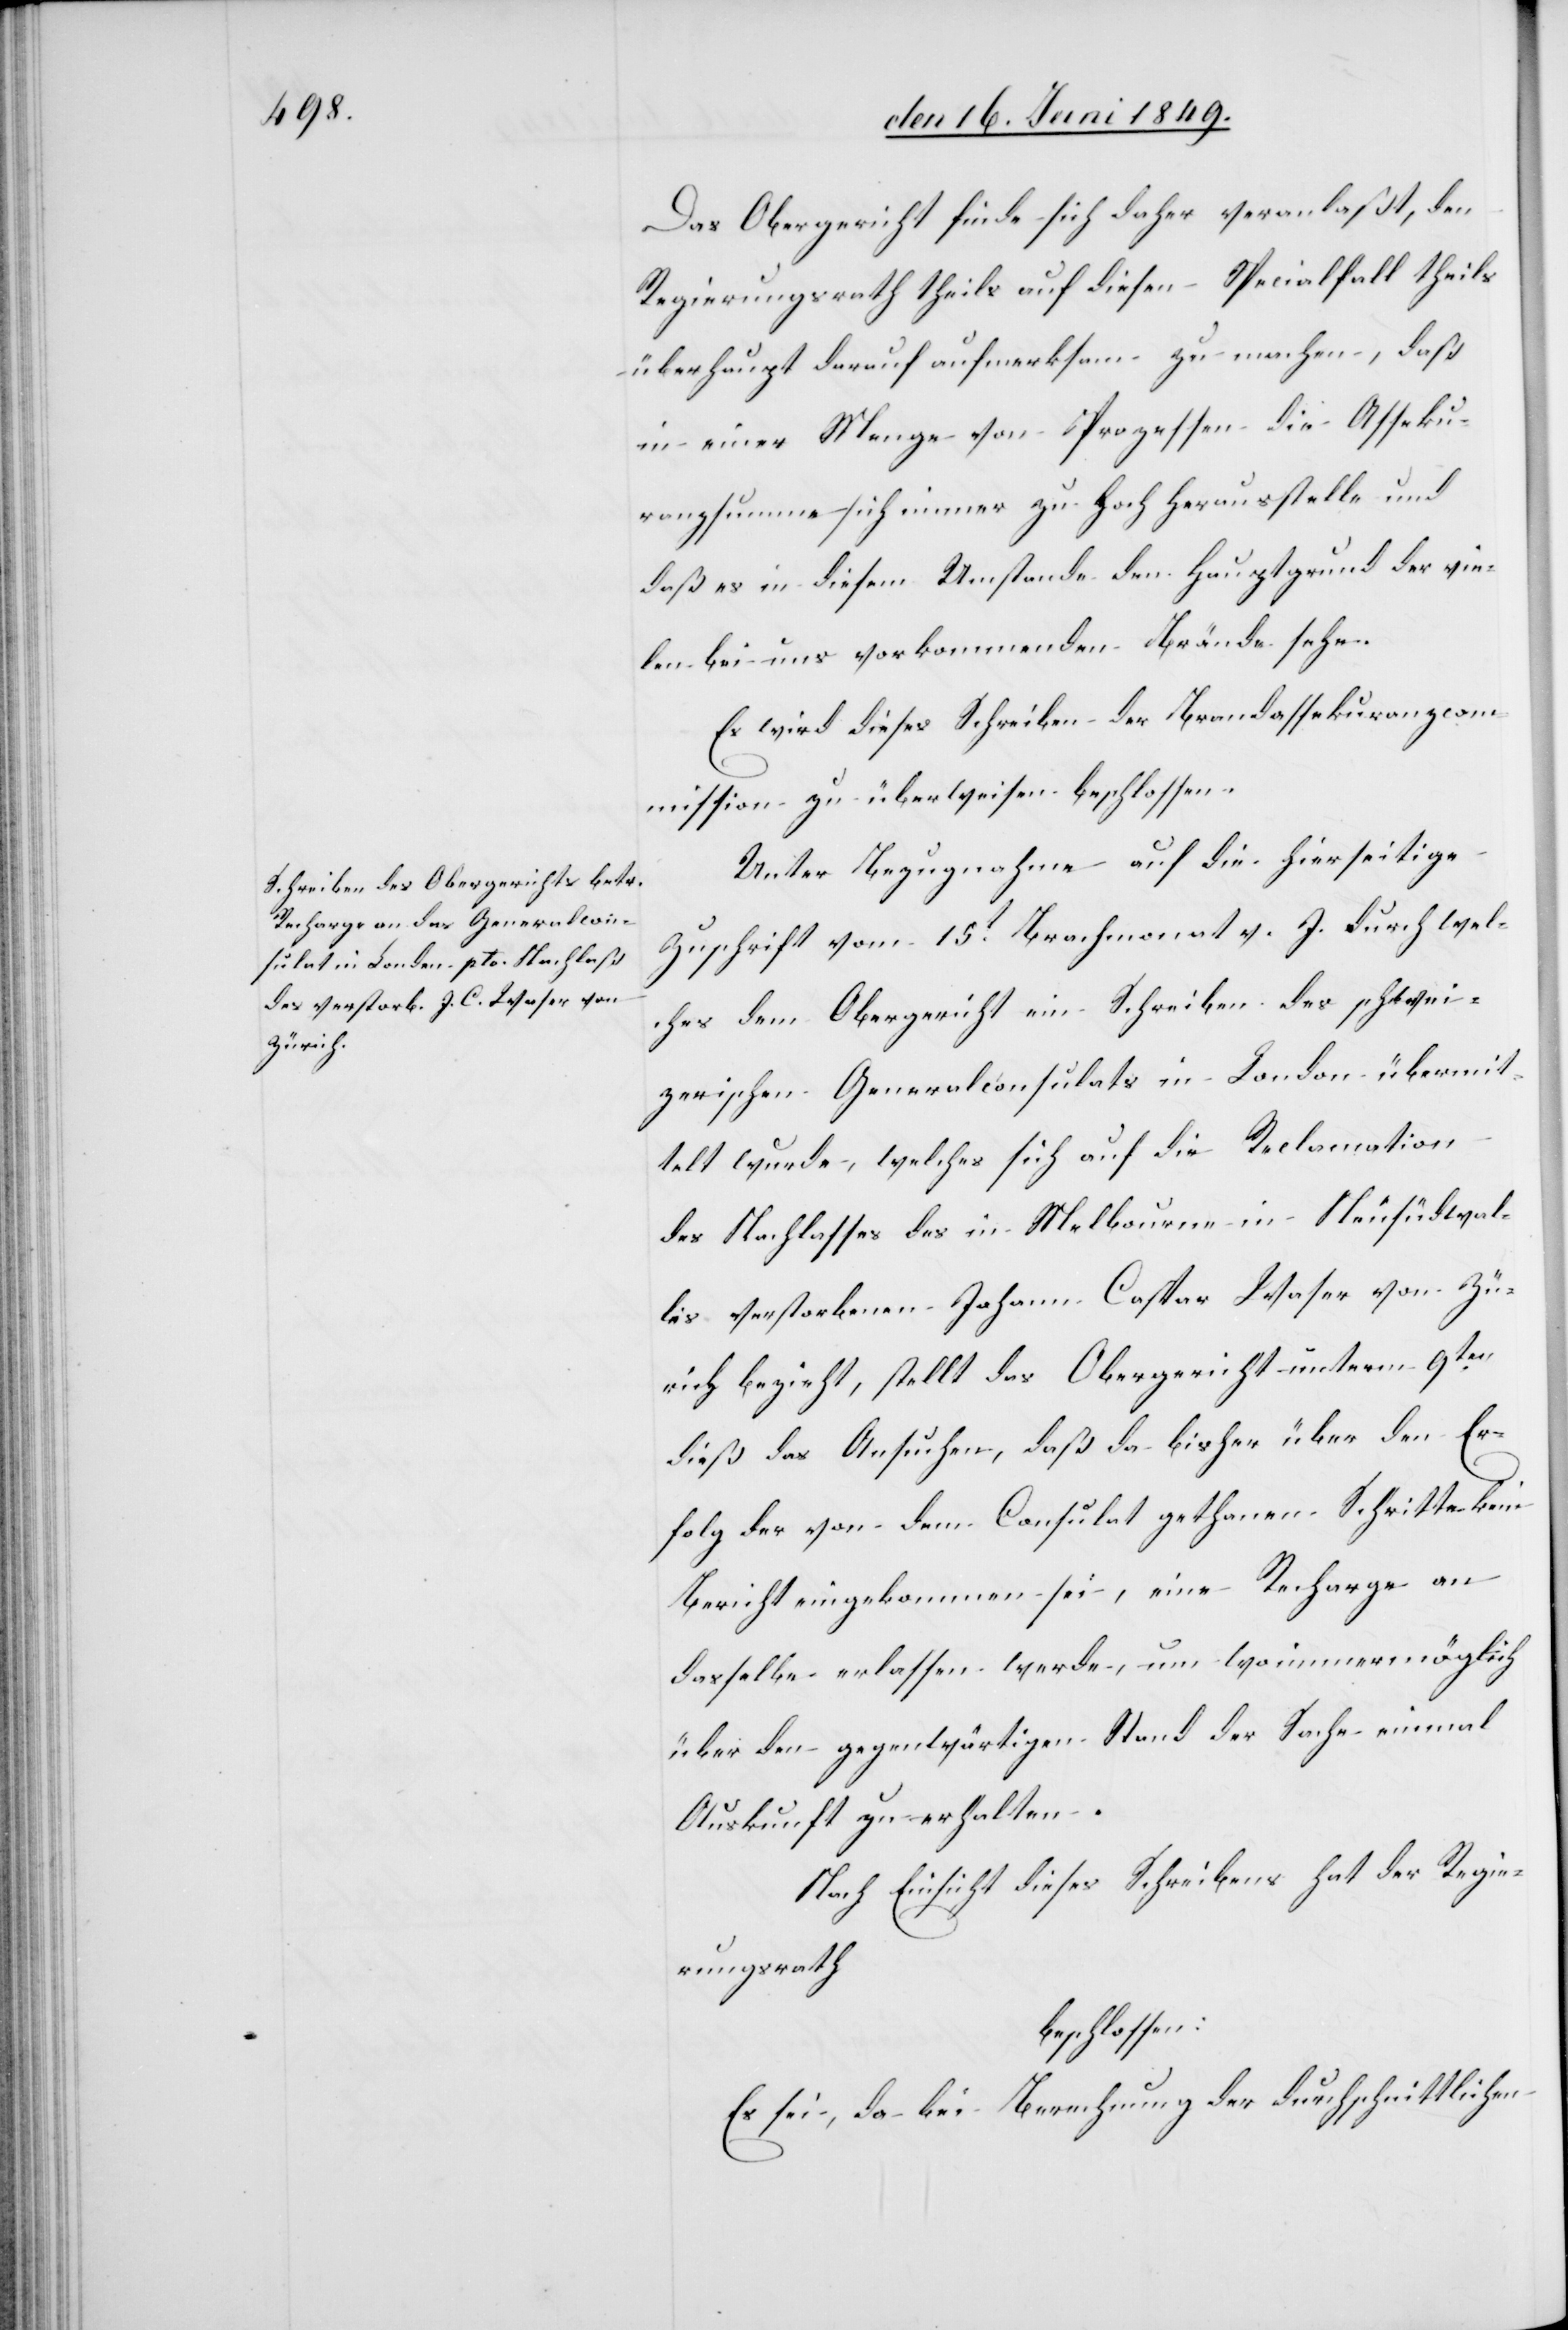
Das Obergericht finde sich daher veranlaßt, den
Regierungsrath theils auf diesen Specialfall theils
überhaupt darauf aufmerksam zu machen, daß
in einer Menge von Prozessen die Asseku¬
ranzsumme sich immer zu hoch herausstelle und
daß es in diesem Umstande den Hauptgrund der vie¬
len bei uns vorkommenden Brände sehe.
Es wird dieses Schreiben der Brandassekuranzcom¬
mission zu überweisen beschlossen.
Unter Bezugnahme auf die hierseitige
Zuschrift vom 15t Brachmonat v. J. durch wel¬
ches dem Obergericht ein Schreiben des schwei¬
zerischen Generalconsulats in London übermit¬
telt wurde, welches sich auf die Reclamation
des Nachlasses des in Melbourne in Neusüdwal¬
les verstorbenen Johann Caspar Waser von Zü¬
rich bezieht, stellt das Obergericht unterm 9ten
dieß das Ansuchen, daß da bisher über den Er¬
folg der von dem Consulat gethanen Schritte kein
Bericht eingekommen sei, eine Recharge an
dasselbe erlassen werde, um wo immer möglich
über den gegenwärtigen Stand der Sache einmal
Auskunft zu erhalten.
Nach Einsicht dieses Schreibens hat der Regie¬
rungsrath
beschlossen:
Es sei, da bei Berechnung der durchschnittlichen